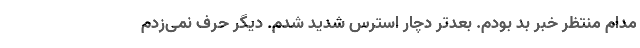
مدام منتظر خبر بد بودم. بعدتر دچار استرس شدید شدم. دیگر حرف نمی‌زدم